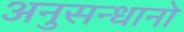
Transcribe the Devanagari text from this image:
अनुसन्धानो